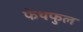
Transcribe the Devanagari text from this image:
फेथफुल